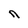
Character: n